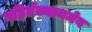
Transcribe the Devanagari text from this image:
गहिर्तस्थानमेव